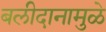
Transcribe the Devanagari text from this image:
बलीदानामुळे